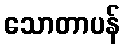
သောတာပန်